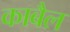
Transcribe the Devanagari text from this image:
काबैल